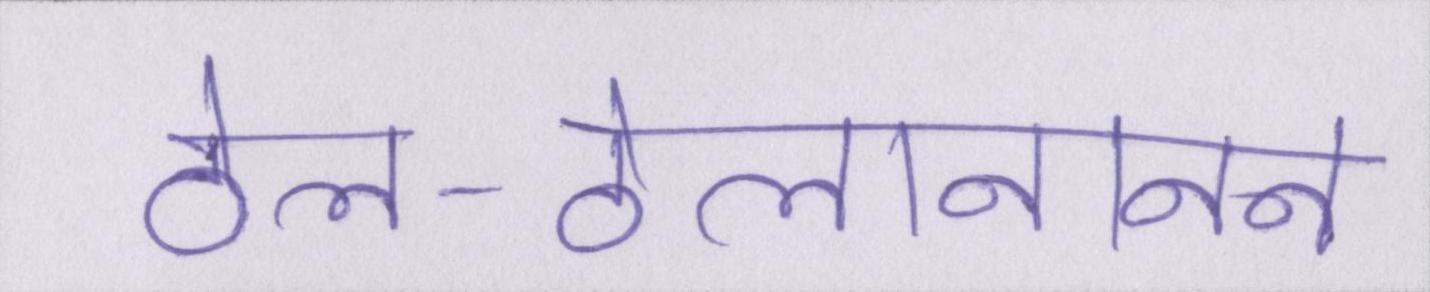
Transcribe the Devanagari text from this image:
ठेल-ठेलानानन